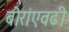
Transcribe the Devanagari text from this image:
बोरांएवढी